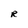
Character: R